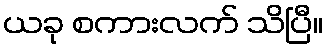
ယခု စကားလက် သိပြီ။